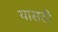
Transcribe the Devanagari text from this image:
यासठी